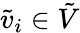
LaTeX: \tilde{v}_{i}\in\tilde{V}